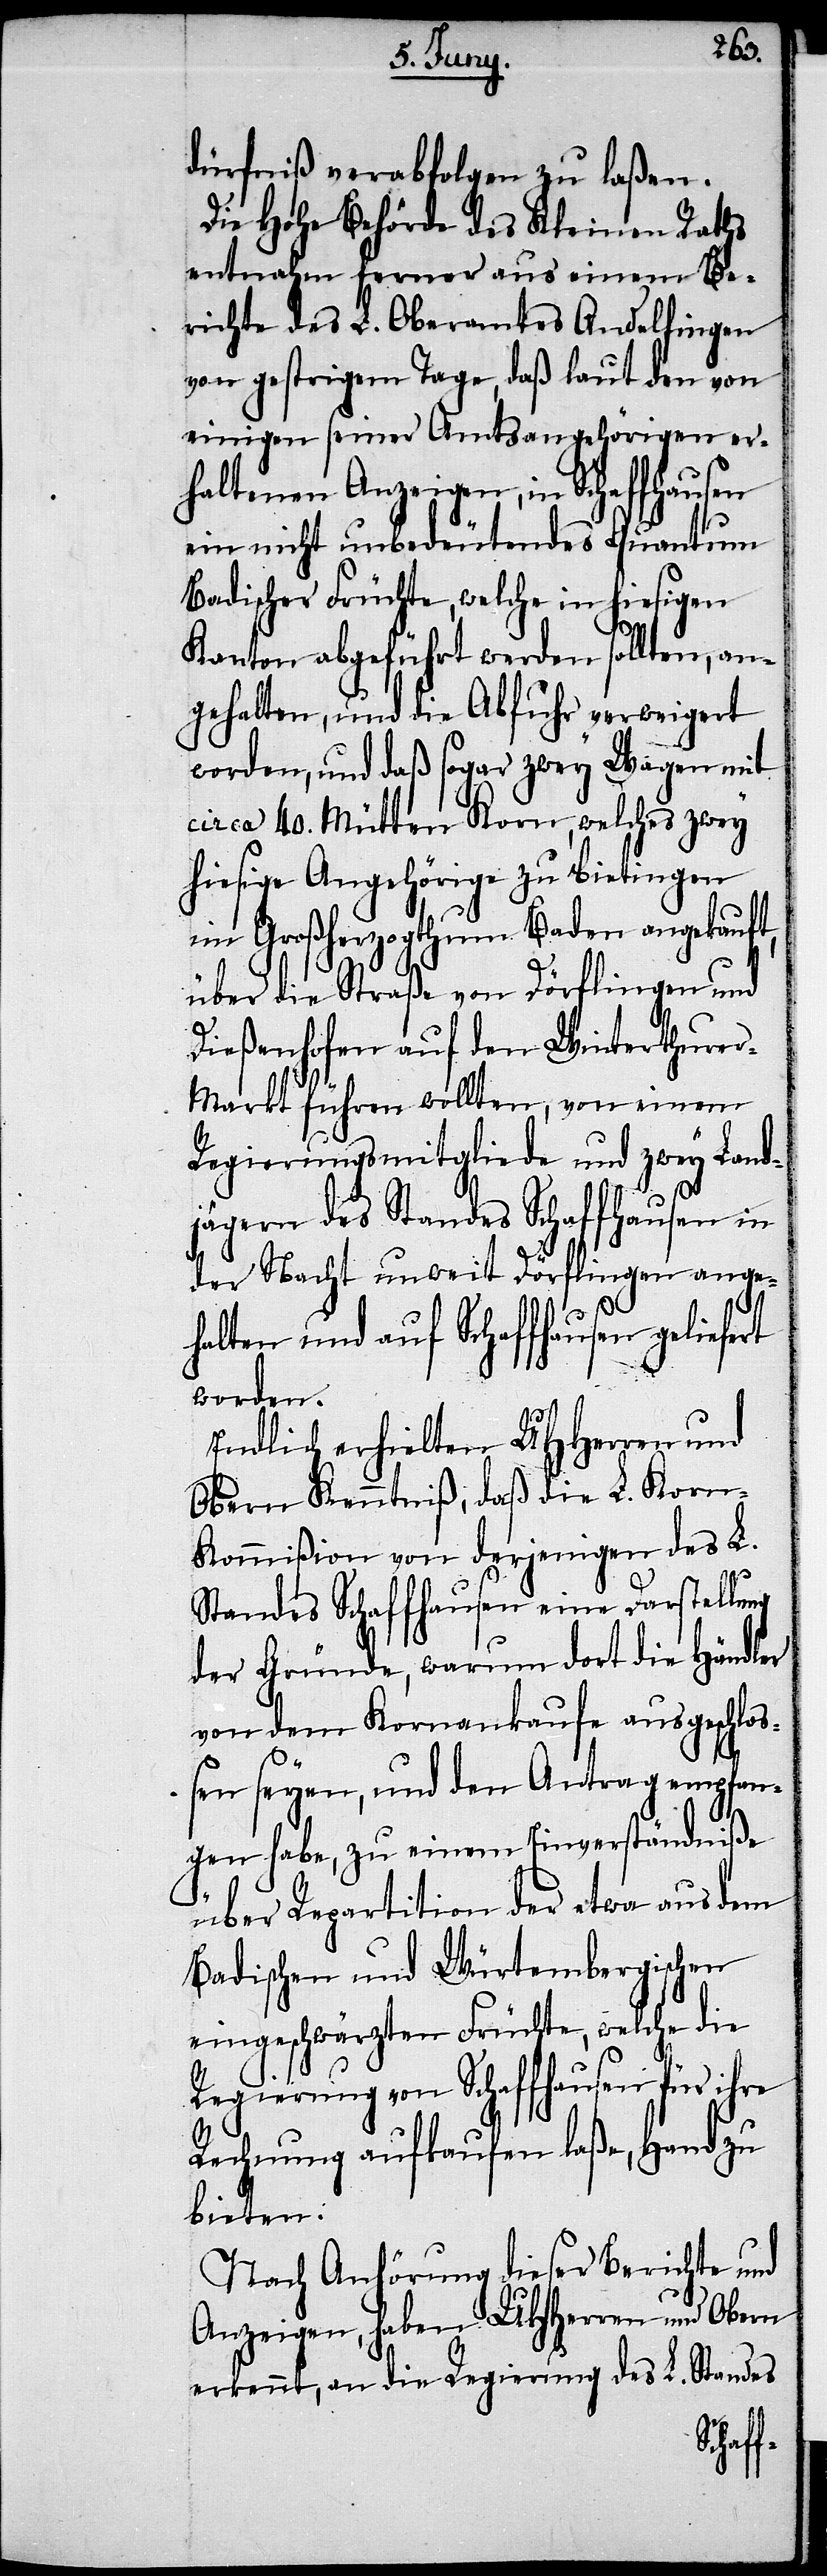
dürfniß verabfolgen zu laßen.
Die Hohe Behörde des Kleinen Raths
entnahm ferner aus einem Be¬
richte des L. Oberamtes Andelfingen
von gestrigem Tage, daß laut den von
einigen seiner Amtsangehörigen er¬
haltenen Anzeigen, in Schaffhausen
ein nicht unbedeutendes Quantum
Badischer Früchte, welche in hiesigen
Kanton abgeführt werden sollten, an¬
gehalten, und die Abfuhr verweigert
worden, und daß sogar zwey Wagen mit
circa 40. Mütten Korn, welches zwey
hiesige Angehörige zu Nietingen
im Großherzogthum Baden angekauft,
über die Straße von Dörflingen und
Dießenhofen auf den Winterthure¬
r-Markt führen wollten, von einem
Regierungsmitgliede und zwey Land¬
jägern des Standes Schaffhausen in
der Nacht unweit Dörflingen ange¬
halten und auf Schaffhausen geliefert
worden.
Endlich erhielten UHHerren und
Obern Kenntniß, daß die L. Korn-K¬
ommißion von derjenigen des L.
Standes Schaffhausen eine Darstellung
der Gründe, warum dort die Händler
von dem Kornankaufe ausgeschloß¬
en seyen, und den Antrag empfan¬
gen habe, zu einem Einverständniße
über Repartition der etwa aus dem
Badischen und Würtembergischen
eingeschwärzten Früchte, welche die
Regierung von Schaffhausen für ihre
Rechnung ankaufen laße, Hand zu
bieten.
Nach Anhörung dieser Berichte und
Anzeigen, haben UHHerren und Obern
erkennt, an die Regierung des L. Standes